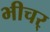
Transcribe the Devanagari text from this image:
भीचर्